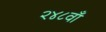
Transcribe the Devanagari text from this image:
२४८वाँ